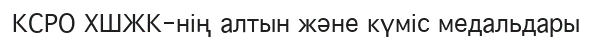
КСРО ХШЖК-нің алтын және күміс медальдары